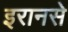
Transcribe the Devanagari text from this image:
इरानसे